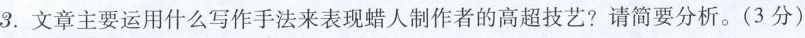
3.文章主要运用什么写作手法来表现蜡人制作者的高超技艺?请简要分析。(3分)